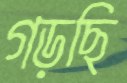
গড়ছি